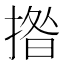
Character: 揝